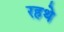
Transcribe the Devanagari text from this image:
रहथे